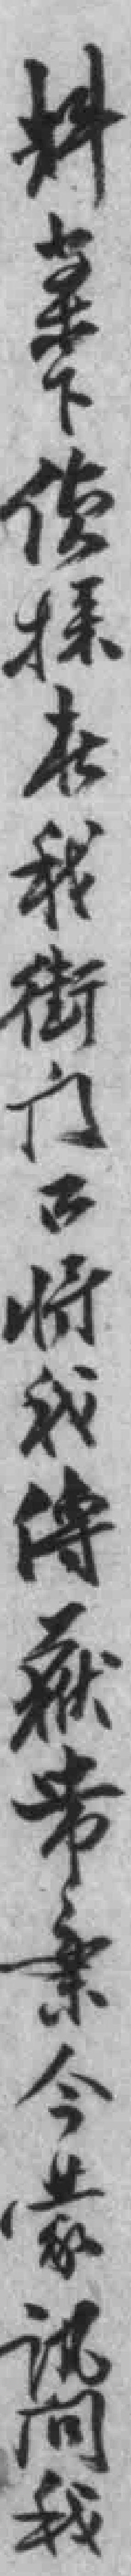
料案下侦探於我街门口将我傳*帶案今蒙讯问我